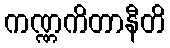
ကဏ္ဏကိတာနီတိ